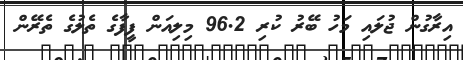
އިރާގުން ޖުލައި މަހު ބޭރު ކުރި 96.2 މިލިއަން ފީފާގެ ތެލުގެ ތެރޭން